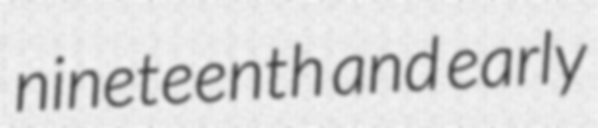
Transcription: nineteenth and early